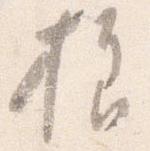
様